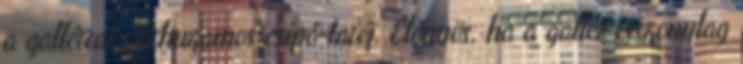
a gallérral párhuzamos csípő-taréj. Előnyös, ha a gallér viszonylag